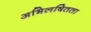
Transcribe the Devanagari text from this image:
अभिलषितता